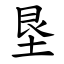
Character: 垦